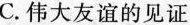
C.伟大友谊的见证